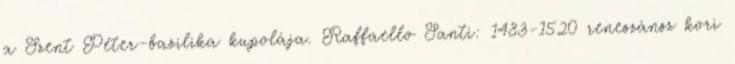
a Szent Péter-bazilika kupolája. Raffaello Santi: 1483-1520 reneszánsz kori